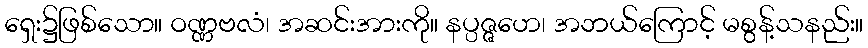
ရှေး၌ဖြစ်သော။ ဝဏ္ဏဗလံ၊ အဆင်းအားကို။ နပ္ပဇ္ဇဟေ၊ အဘယ်ကြောင့် မစွန့်သနည်း။